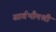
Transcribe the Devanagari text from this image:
सार्वभौमश्री